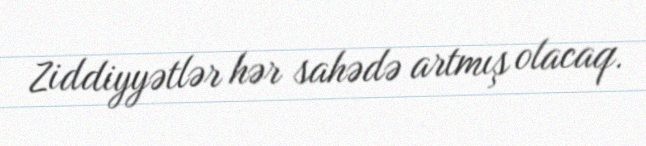
Ziddiyyətlər hər sahədə artmış olacaq.